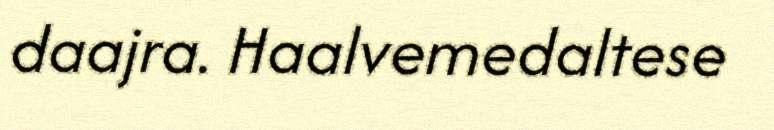
daajra. Haalvemedaltese